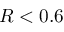
R < 0 . 6